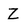
Character: Z